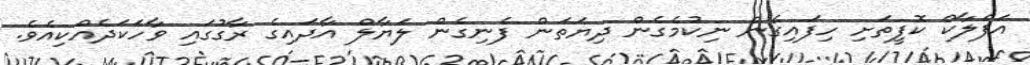
އަފްލާކް ކޮފީތަށި ހިފައިގެން ނިކުމެގެން ދިޔަތަން ފެނިގެން ލަޔާލް އާދައިގެ ރާގުގައި ވާހަކަދެއްކިއެވެ.